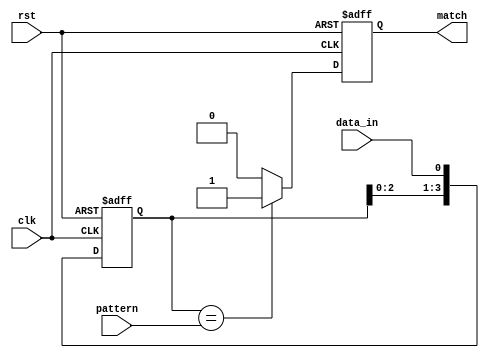
module PatternDetector #(
    parameter PATTERN_LENGTH = 4 // Length of the pattern to detect
)(
    input wire clk,                // Clock signal
    input wire rst,                // Reset signal
    input wire data_in,            // Input data stream
    input wire [PATTERN_LENGTH-1:0] pattern, // Pattern to detect
    output reg match               // Output signal indicating a match
);

    // Flip-flops to store the input signal
    reg [PATTERN_LENGTH-1:0] shift_reg;

    // Always block for flip-flop behavior
    always @(posedge clk or posedge rst) begin
        if (rst) begin
            shift_reg <= 0;          // Clear shift register on reset
            match <= 0;              // Clear match signal on reset
        end else begin
            // Shift the input signal into the shift register
            shift_reg <= {shift_reg[PATTERN_LENGTH-2:0], data_in};
            
            // Compare the shift register with the pattern
            if (shift_reg == pattern) begin
                match <= 1;           // Set match signal if pattern is detected
            end else begin
                match <= 0;           // Clear match signal if no match
            end
        end
    end

endmodule